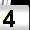
Digit: 4